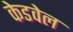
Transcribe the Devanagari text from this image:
केडवेल